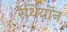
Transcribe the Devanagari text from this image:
रेथियॉन